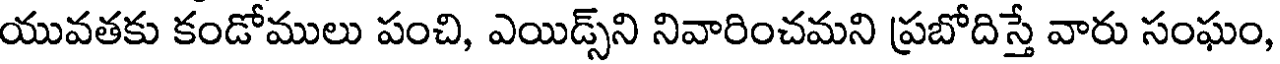
యువతకు కండోములు పంచి, ఎయిడ్స్ని నివారించమని ప్రబోదిస్తే వారు సంఘం,